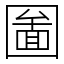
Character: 圗